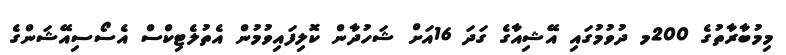
މިމުބާރާތުގެ 200މ ދުވުމުގައި އޭޝިއާގެ ގަދަ 16އަށް ޝަހުދާން ކޮލިފައިވުމުން އެތުލެޓިކްސް އެސޯސިއޭޝަންގެ